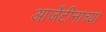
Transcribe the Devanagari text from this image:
आर्जेंटीनाच्या